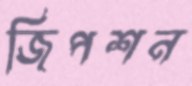
জিপশন